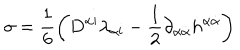
LaTeX: \sigma = \frac { 1 } { 6 } \left( D ^ { \alpha { \mathbf i } } \lambda _ { \alpha { \mathbf i } } - \frac { 1 } { 2 } \partial _ { \alpha { \dot { \alpha } } } h ^ { \alpha { \dot { \alpha } } } \right)